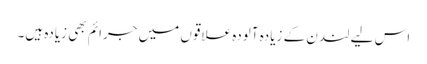
اس لیے لندن کے زیادہ آلودہ علاقوں میں جرائم بھی زیادہ ہیں۔